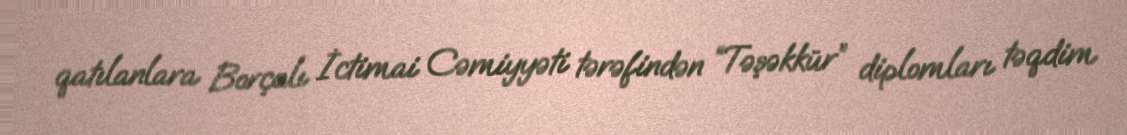
qatılanlara Borçalı İctimai Cəmiyyəti tərəfindən “Təşəkkür” diplomları təqdim